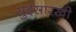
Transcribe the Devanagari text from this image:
सुईसारखी